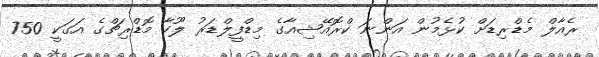
ރެއާލް މެޑްރިޑަށް ކުޅެމުން އަންނަ ކްރޮއޭޝިއާގެ މިޑްފީލްޑަރު ލޫކާ މޮޑްރިޗްގެ އަގަކީ 750